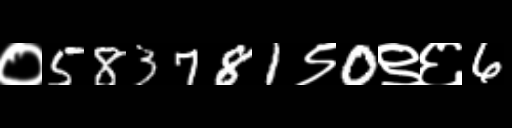
Text: ०583781९0९६6